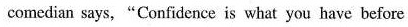
comedian says, "Confidence is what you have before